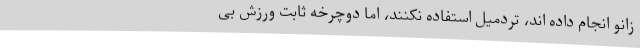
زانو انجام داده اند، تردمیل استفاده نکنند، اما دوچرخه ثابت ورزش بی